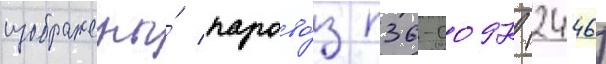
изображены́ парово́з п36-0097 (2446)